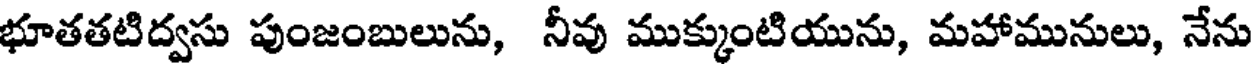
భూతతటిద్వసు పుంజంబులును, నీవు ముక్కుంటియును, మహామునులు, నేను